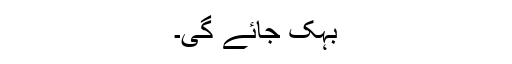
بہک جائے گی۔